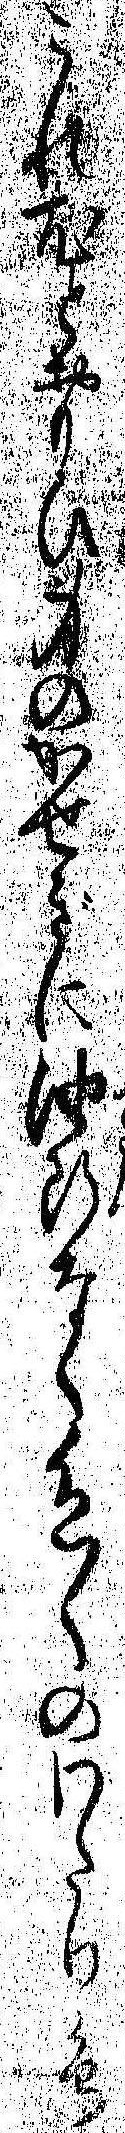
これ尤とおもひ身のかせぎに油断なく色〱のわたり鳥